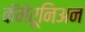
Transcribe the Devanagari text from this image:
कॅमेरूनिअन